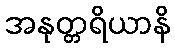
အနုတ္တရိယာနိ